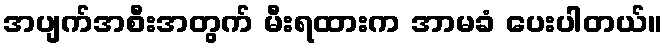
အပျက်အစီးအတွက် မီးရထားက အာမခံ ပေးပါတယ်။